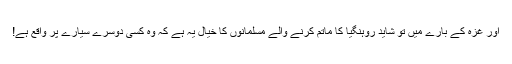
اور غزہ کے بارے میں تو شاید روہنگیا کا ماتم کرنے والے مسلمانوں کا خیال یہ ہے کہ وہ کسی دوسرے سیارے پر واقع ہے!